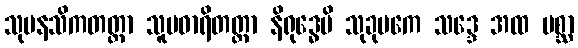
သုမနသိကတတ္တာ သူပဓာရိတတ္တာ နိရုဒ္ဓေပိ သုခုမကေ သဒ္ဒေ အထ ပစ္ဆာ